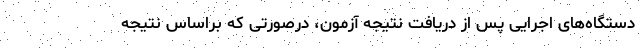
دستگاه‌های اجرایی پس از دریافت نتیجه آزمون، درصورتی که براساس نتیجه